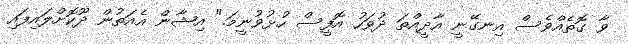
ވާ ގޮތެއްވެސް އިނގޭނީ އާދީއްތަ ދުވަހު އޮފީސް ހުޅުވުނީމަ." އިޝާން އެއަތުން ދޫކޮށްލައިފައި